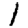
Digit: 1